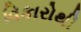
વિકારોથી